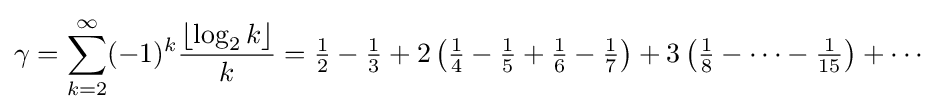
\gamma =\sum _{k=2}^{\infty }(-1)^{k}{\frac {\left\lfloor \log _{2}k\right\rfloor }{k}}={\tfrac {1}{2}}-{\tfrac {1}{3}}+2\left({\tfrac {1}{4}}-{\tfrac {1}{5}}+{\tfrac {1}{6}}-{\tfrac {1}{7}}\right)+3\left({\tfrac {1}{8}}-\cdots -{\tfrac {1}{15}}\right)+\cdots